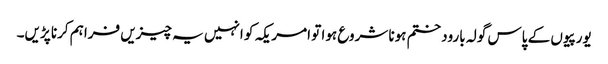
یورپیوں کے پاس گولہ بارود ختم ہونا شروع ہوا تو امریکہ کو انہیں یہ چیزیں فراہم کرنا پڑیں۔